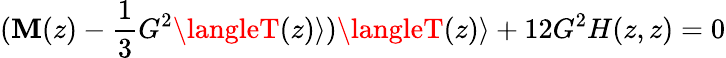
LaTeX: (\mathbf{M}(z)-\frac{{1}}{{3}}G^{2}\langleT(z)\rangle)\langleT(z)\rangle+12G^{2}H(z,z)=0